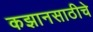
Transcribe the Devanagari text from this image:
कझानसाठीचे